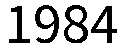
1984